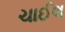
ચાઈલ